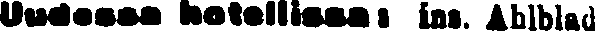
Uudessa hotellissa: ins. Ahlblad